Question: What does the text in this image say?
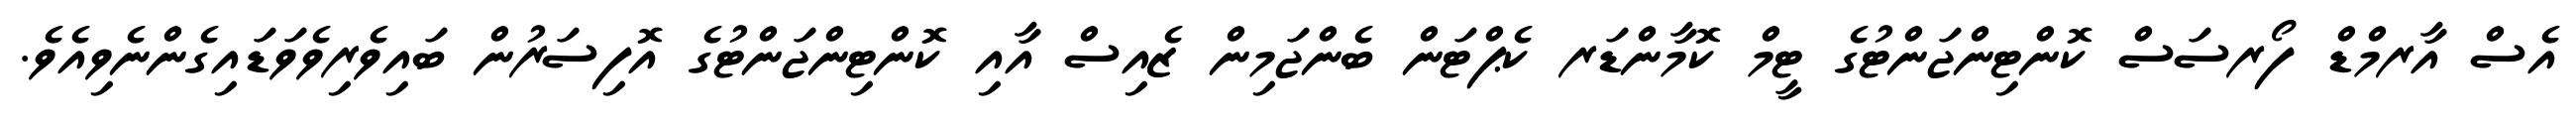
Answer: އެސް އާރމްޑް ފޯރސަސް ކޮންޓިންޖަންޓުގެ ޓީމް ކޮމާންޑަރ ކެޕްޓަން ބެންޖަމިން ޒެއިސް އާއި ކޮންޓިންޖަންޓުގެ އޮފިސަރުން ބައިވެރިވެވަޑައިގެންނެވިއެވެ.